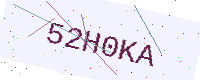
Text: 52H0KA